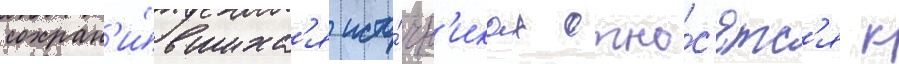
сохран'и́вшихс'я исто́чн'иках отно́с'ятс'я к